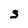
Character: s